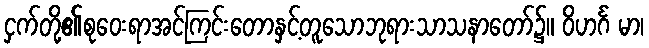
ငှက်တို့၏စုဝေးရာအင်ကြင်းတောနှင့်တူသောဘုရားသာသနာတော်၌။ ဝိဟင်္ဂ မာ၊